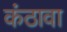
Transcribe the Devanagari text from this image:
कंठावा